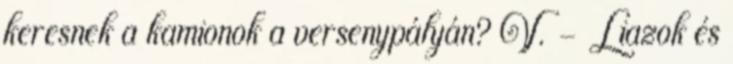
keresnek a kamionok a versenypályán? V. - Liazok és